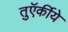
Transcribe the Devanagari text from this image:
तुऍर्कीये